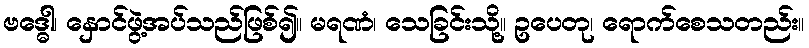
ဗဒ္ဓေါ၊ နှောင်ဖွဲ့အပ်သည်ဖြစ်၍။ မရဏံ၊ သေခြင်းသို့။ ဥပေတု၊ ရောက်စေသတည်း။